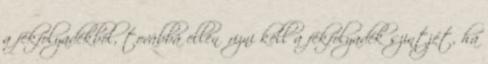
a fékfolyadékból, továbbá ellenőrizni kell a fékfolyadék szintjét, ha